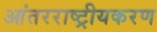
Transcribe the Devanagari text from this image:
आंतरराष्ट्रीयकरण